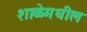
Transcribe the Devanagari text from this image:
शाळेमधील